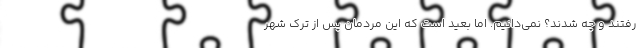
رفتند و چه شدند؟ نمی‌دانیم. اما بعید است که این مردمان پس از ترک شهر